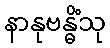
နာနုဗန္ဓိံသု